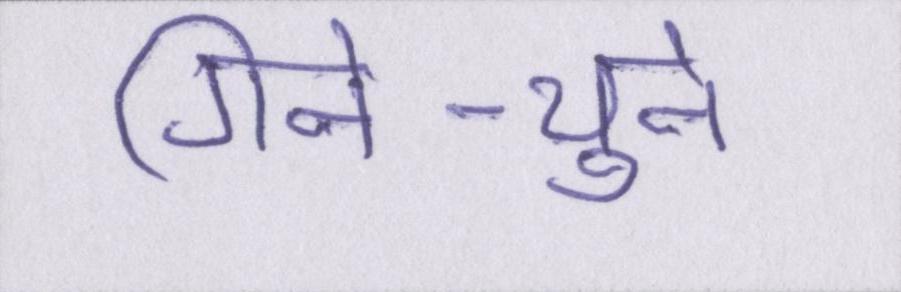
गिने-चुने